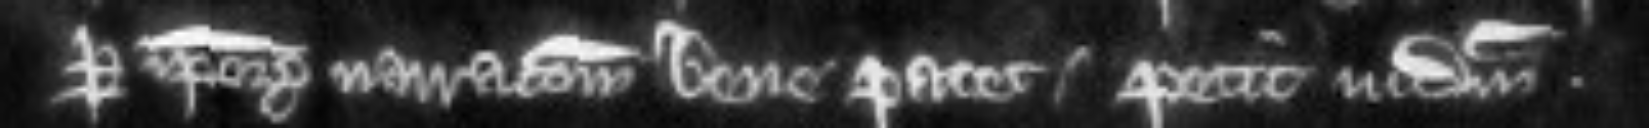
per ipsorum narracionem bene patet. Petit judicium.